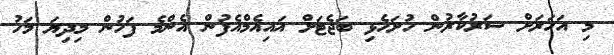
މި އަހަރަށް ސަރުކާރުން ހުށަހެޅި ބަޖެޓަށް އައިއެމްއެފުން އެންމެ ފަހުން މިދިޔަ މަހު